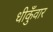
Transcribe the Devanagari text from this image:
धीकुँवार